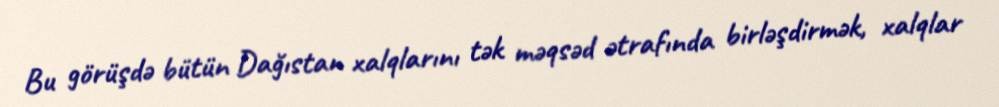
Bu görüşdə bütün Dağıstan xalqlarını tək məqsəd ətrafında birləşdirmək, xalqlar